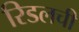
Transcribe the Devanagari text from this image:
रिडलची